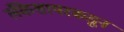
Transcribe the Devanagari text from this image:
लँकेशायरकडून